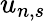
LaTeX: u_{n,s}